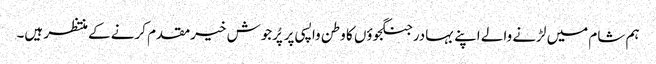
ہم شام میں لڑنے والے اپنے بہادر جنگجوؤں کا وطن واپسی پر پُرجوش خیرمقدم کرنے کے منتظر ہیں۔